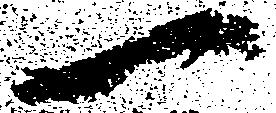
一